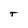
Character: r